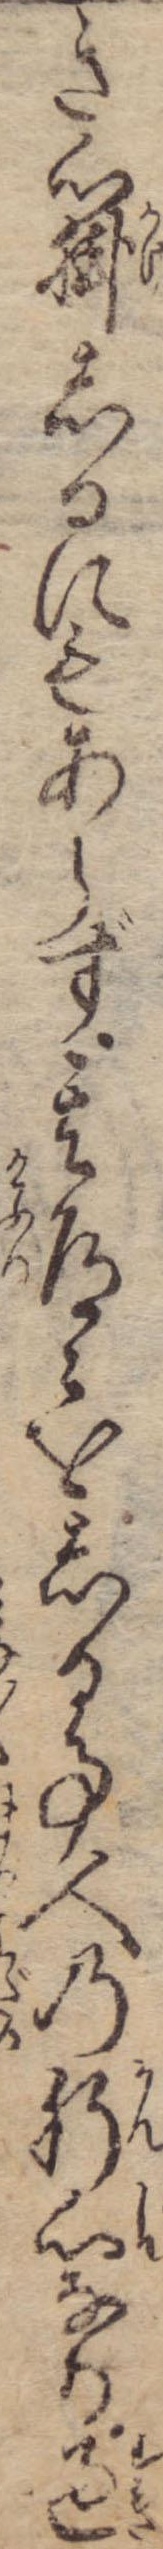
き心掛しるにもあらず其道々をしる事人の肝心なり過